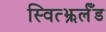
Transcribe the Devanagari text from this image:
स्वित्झ्रर्लँड